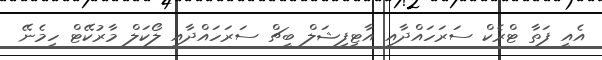
އެއީ ފަތާ ޓްރެކް ސަރަހައްދާއި އާޓިފިޝަލް ބީޗް ސަރަހައްދާއި ލޯކަލް މާރުކޭޓް ހިމެނޭ